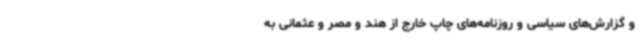
و گزارش‌های سیاسی و روزنامه‌های چاپ خارج از هند و مصر و عثمانی به